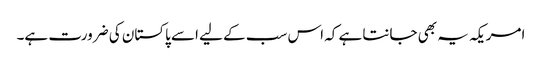
امریکہ یہ بھی جانتا ہے کہ اس سب کے لیے اسے پاکستان کی ضرورت ہے۔